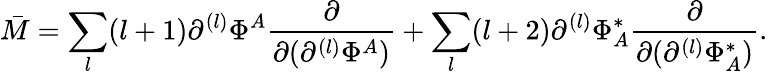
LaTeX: \bar{M}=\sum_{l}(l+1)\partial^{(l)}\Phi^{A}\frac{\partial}{\partial(\partial^{(l)}\Phi^{A})}+\sum_{l}(l+2)\partial^{(l)}\Phi_{A}^{*}\frac{\partial}{\partial(\partial^{(l)}\Phi_{A}^{*})}.